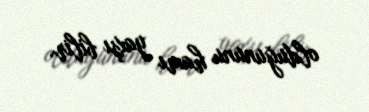
olduğununu hamı yaxşı bilir.